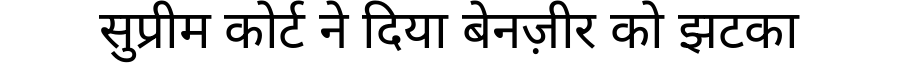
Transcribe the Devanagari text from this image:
सुप्रीम कोर्ट ने दिया बेनज़ीर को झटका